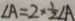
\angle A = 2 \times \frac { 1 } { 2 } \angle A